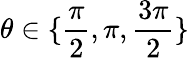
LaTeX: \theta\in\{ \frac{\pi}{2},\pi,\frac{3\pi}{2}\}